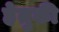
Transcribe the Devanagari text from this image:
हेतुकी